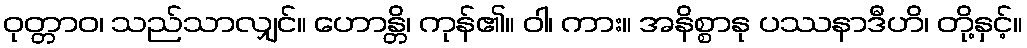
ဝုတ္တာဝ၊ သည်သာလျှင်။ ဟောန္တိ၊ ကုန်၏။ ဝါ၊ ကား။ အနိစ္စာနု ပဿနာဒီဟိ၊ တို့နှင့်။